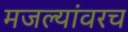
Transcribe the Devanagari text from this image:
मजल्यांवरच